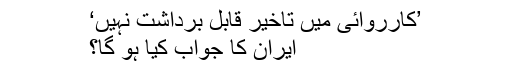
’کارروائی میں تاخیر قابلِ برداشت نہیں‘
ایران کا جواب کیا ہو گا؟